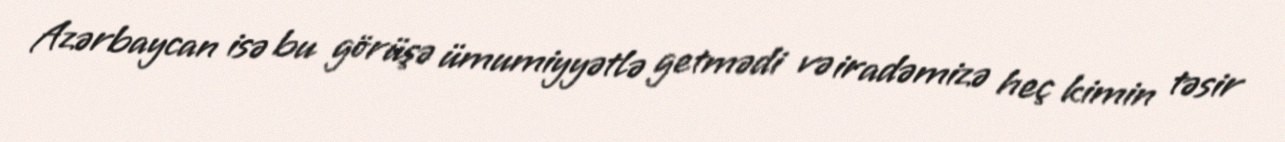
Azərbaycan isə bu görüşə ümumiyyətlə getmədi və iradəmizə heç kimin təsir